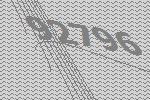
92796